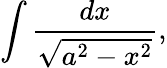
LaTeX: \int{\frac{dx}{\sqrt{a^{2}-x^{2}}}},